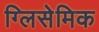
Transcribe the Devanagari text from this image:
ग्लिसेमिक